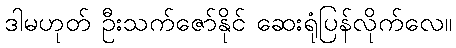
ဒါမဟုတ် ဦးသက်ဇော်နိုင် ဆေးရုံပြန်လိုက်လေ။